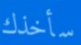
سأخذك